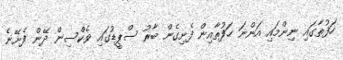
ހަފުތާގައި ނިންމައި އަންނަ ހަފުތާއިން ފެށިގެން ބާރު ސްޕީޑުގައި ވެކްސިން ދޭން ފެށޭނެ